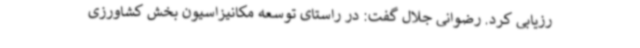
رزیابی کرد. رضوانی جلال گفت: در راستای توسعه مکانیزاسیون بخش کشاورزی